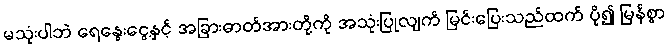
မသုံးပါဘဲ ရေနွေးငွေ့နှင့် အခြားဓာတ်အားတို့ကို အသုံးပြုလျက် မြင်းပြေးသည်ထက် ပို၍ မြန်စွာ